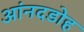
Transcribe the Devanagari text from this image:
आंनदडोह